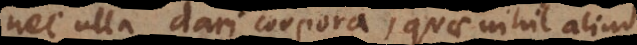
nec ulla dari corpora, quae nihil aliud